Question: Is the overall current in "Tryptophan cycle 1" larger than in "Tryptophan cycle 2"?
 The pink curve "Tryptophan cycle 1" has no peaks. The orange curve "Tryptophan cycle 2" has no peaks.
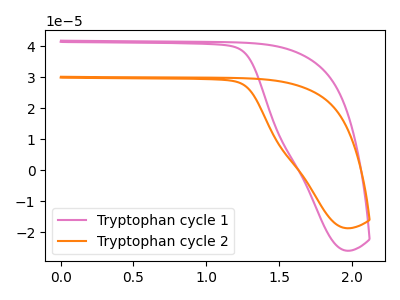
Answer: <think>Neither "Tryptophan cycle 1" or "Tryptophan cycle 2" have any peaks.
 </think>
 <answer>I cant tell if "Tryptophan cycle 1" or "Tryptophan cycle 2" has more signal.</answer>
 <eval>mixed_signal</eval>